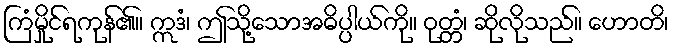
ကြံမှိုင်ရကုန်၏။ ဣဒံ၊ ဤသို့သောအဓိပ္ပါယ်ကို။ ဝုတ္တံ၊ ဆိုလိုသည်။ ဟောတိ၊